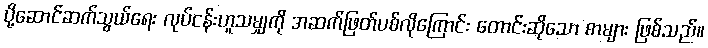
ပို့ဆောင်ဆက်သွယ်ရေး လုပ်ငန်းဟူသမျှကို အဆက်ဖြတ်ပစ်လိုကြောင်း တောင်းဆိုသော စာများ ဖြစ်သည်။